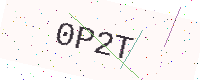
Text: 0P2T